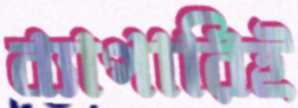
ব্যাপারিই